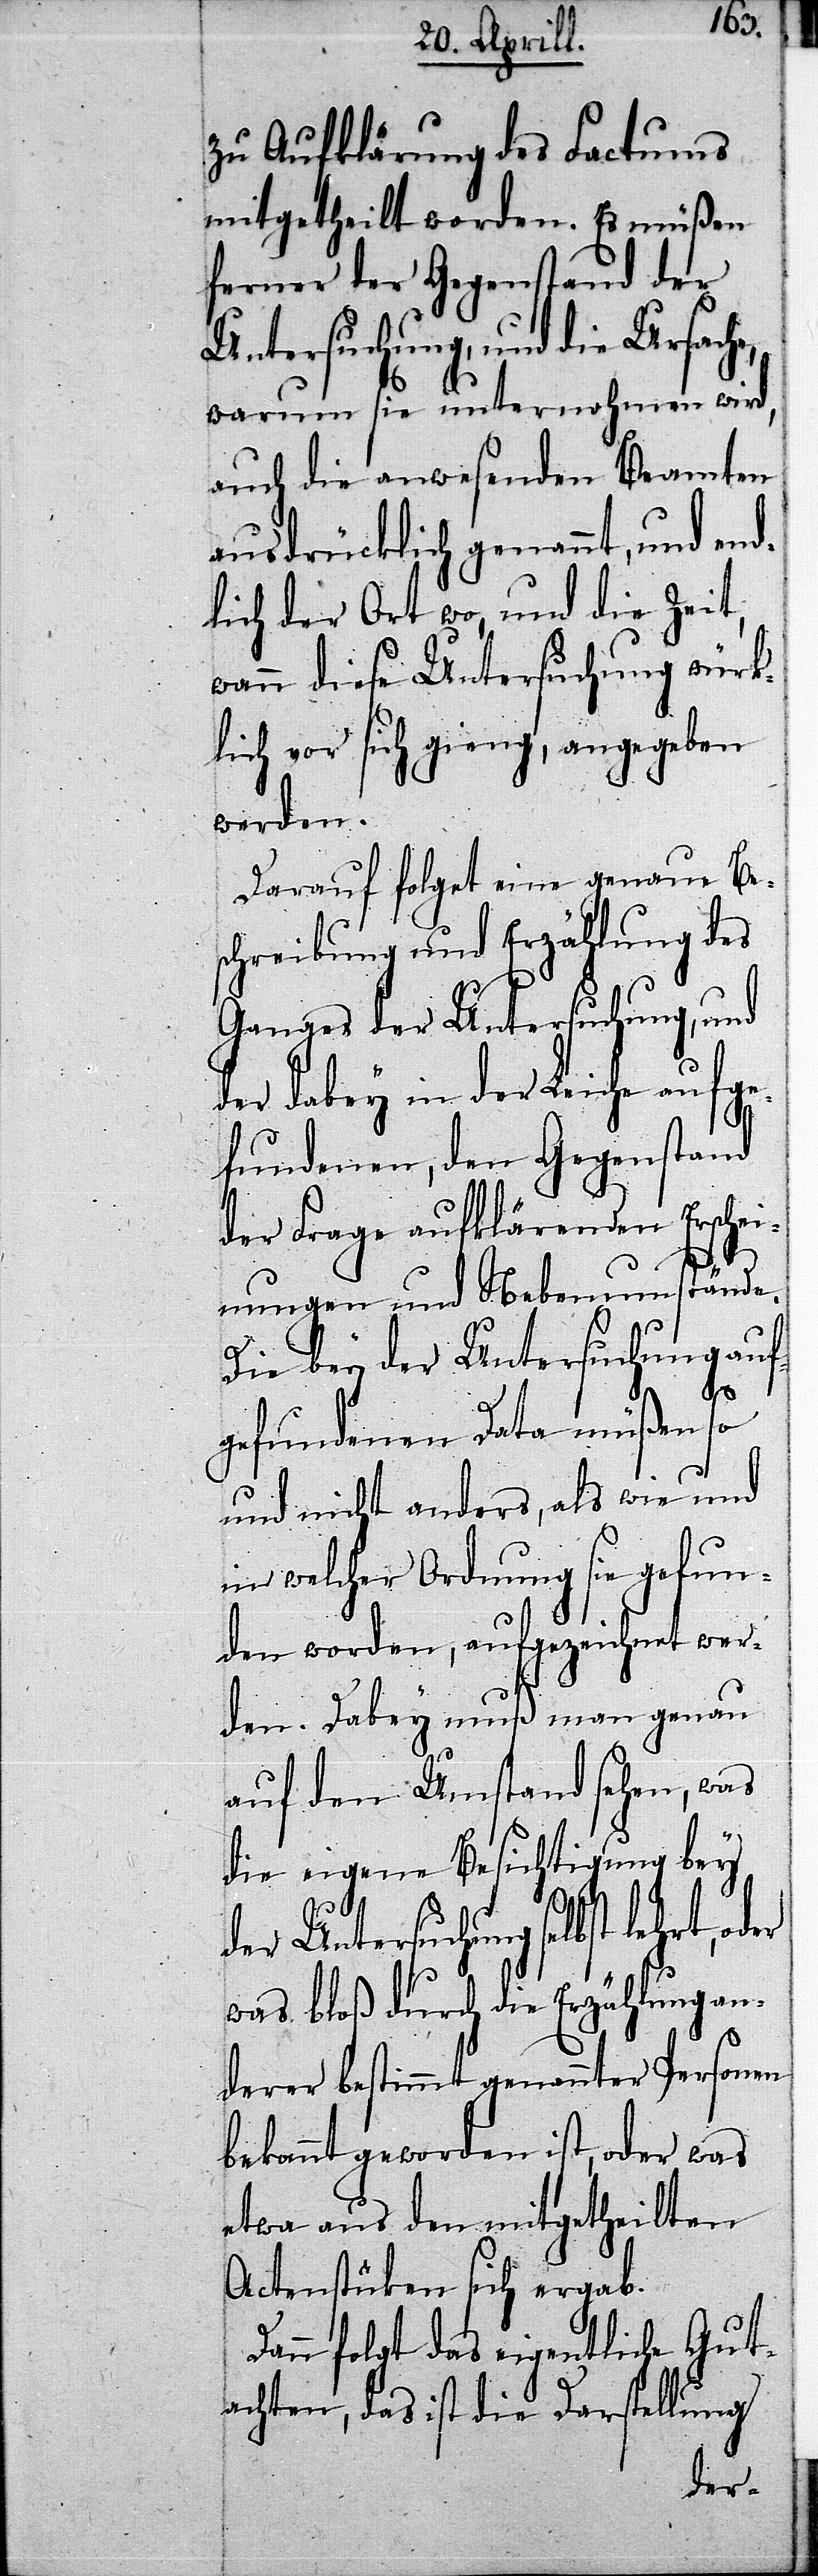
zu Aufklärung des Factums
mitgetheilt
den. Es müßen
ferner der Gegenstand der
Untersuchung, und die Ursache,
warum sie unternohmen wird,
auch die anwesenden Beamten
d end¬
ausdrücklich genannt,
Zeit,
lich der Ort wo, und
wann diese Untersuch¬
ben
klich vor sich gieng, ang¬
werden.
Darauf folget eine genaue Be¬
schreibung und Erzählung des
Ganges der Untersuchung, und
der dabey in der Leiche aufge¬
fundenen, den Gegenstand
der Frage aufklärenden Erschei¬
nungen und Nebenumstände.
Die bey der Untersuchung auf¬
gefundenen Data müßen so
und nicht anders, als wie und
in welcher Ordnung sie gefun¬
den worden, aufgezeichnet wer¬
den. Dabey muß man genau
auf den Umstand sehen, was
die eigene Besichtigung bey
der Untersuchung selbst lehrt,
was bloß durch die Erzählung an¬
derer bestimmt genannter
bekannt geworden ist, oder was
etwa aus den mitgetheilten
Actenstücken sich ergab.
Dann folgt das eigentliche Gut¬
ege¬
achten, das ist die